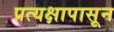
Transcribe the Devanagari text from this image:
प्रत्यक्षापासून